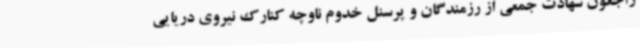
راجعون شهادت جمعی از رزمندگان و پرسنل خدوم ناوچه کنارک نیروی دریایی